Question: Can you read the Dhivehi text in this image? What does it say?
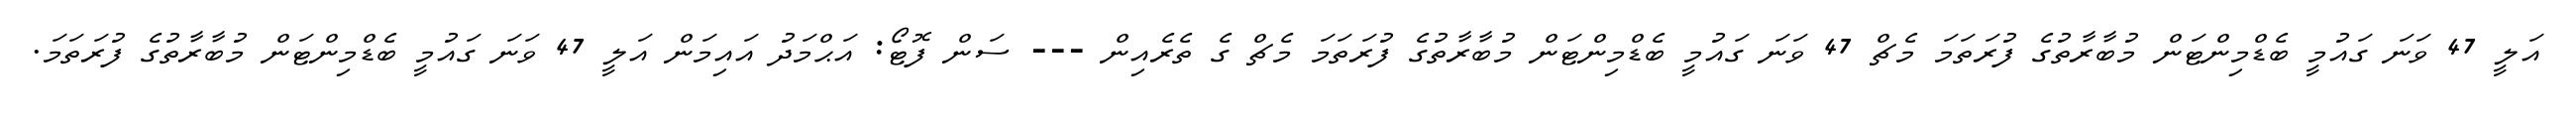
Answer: އަލީ 47 ވަނަ ގައުމީ ބެޑްމިންޓަން މުބާރާތުގެ ފުރަތަމަ މެޗް 47 ވަނަ ގައުމީ ބެޑްމިންޓަން މުބާރާތުގެ ފުރަތަމަ މެޗް ގެ ތެރެއިން --- ސަން ފޮޓޯ: އަޙްމަދު އައިމަން އަލީ 47 ވަނަ ގައުމީ ބެޑްމިންޓަން މުބާރާތުގެ ފުރަތަމަ.